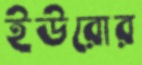
ইউরোর